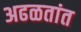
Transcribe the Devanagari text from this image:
अढळतांत